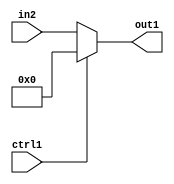
`timescale 1ps / 1ps
/*****************************************************************************
    Verilog RTL Description
    
    
    Created by: Stratus DpOpt 2019.1.01 
*******************************************************************************/

module mac_Muxi0s32u1_4_0 (
	in2,
	ctrl1,
	out1
	); /* architecture "behavioural" */ 
input [31:0] in2;
input  ctrl1;
output [31:0] out1;
wire [31:0] asc001;

reg [31:0] asc001_tmp_0;
assign asc001 = asc001_tmp_0;
always @ (ctrl1 or in2) begin
	case (ctrl1)
		1'B1 : asc001_tmp_0 = 32'B00000000000000000000000000000000 ;
		default : asc001_tmp_0 = in2 ;
	endcase
end

assign out1 = asc001;
endmodule

/* CADENCE  uLj3TQA= : u9/ySgnWtBlWxVPRXgAZ4Og= ** DO NOT EDIT THIS LINE ******/